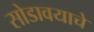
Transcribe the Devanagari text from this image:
सोडावयाचे